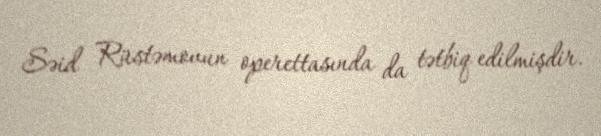
Səid Rüstəmovun operettasında da tətbiq edilmişdir.